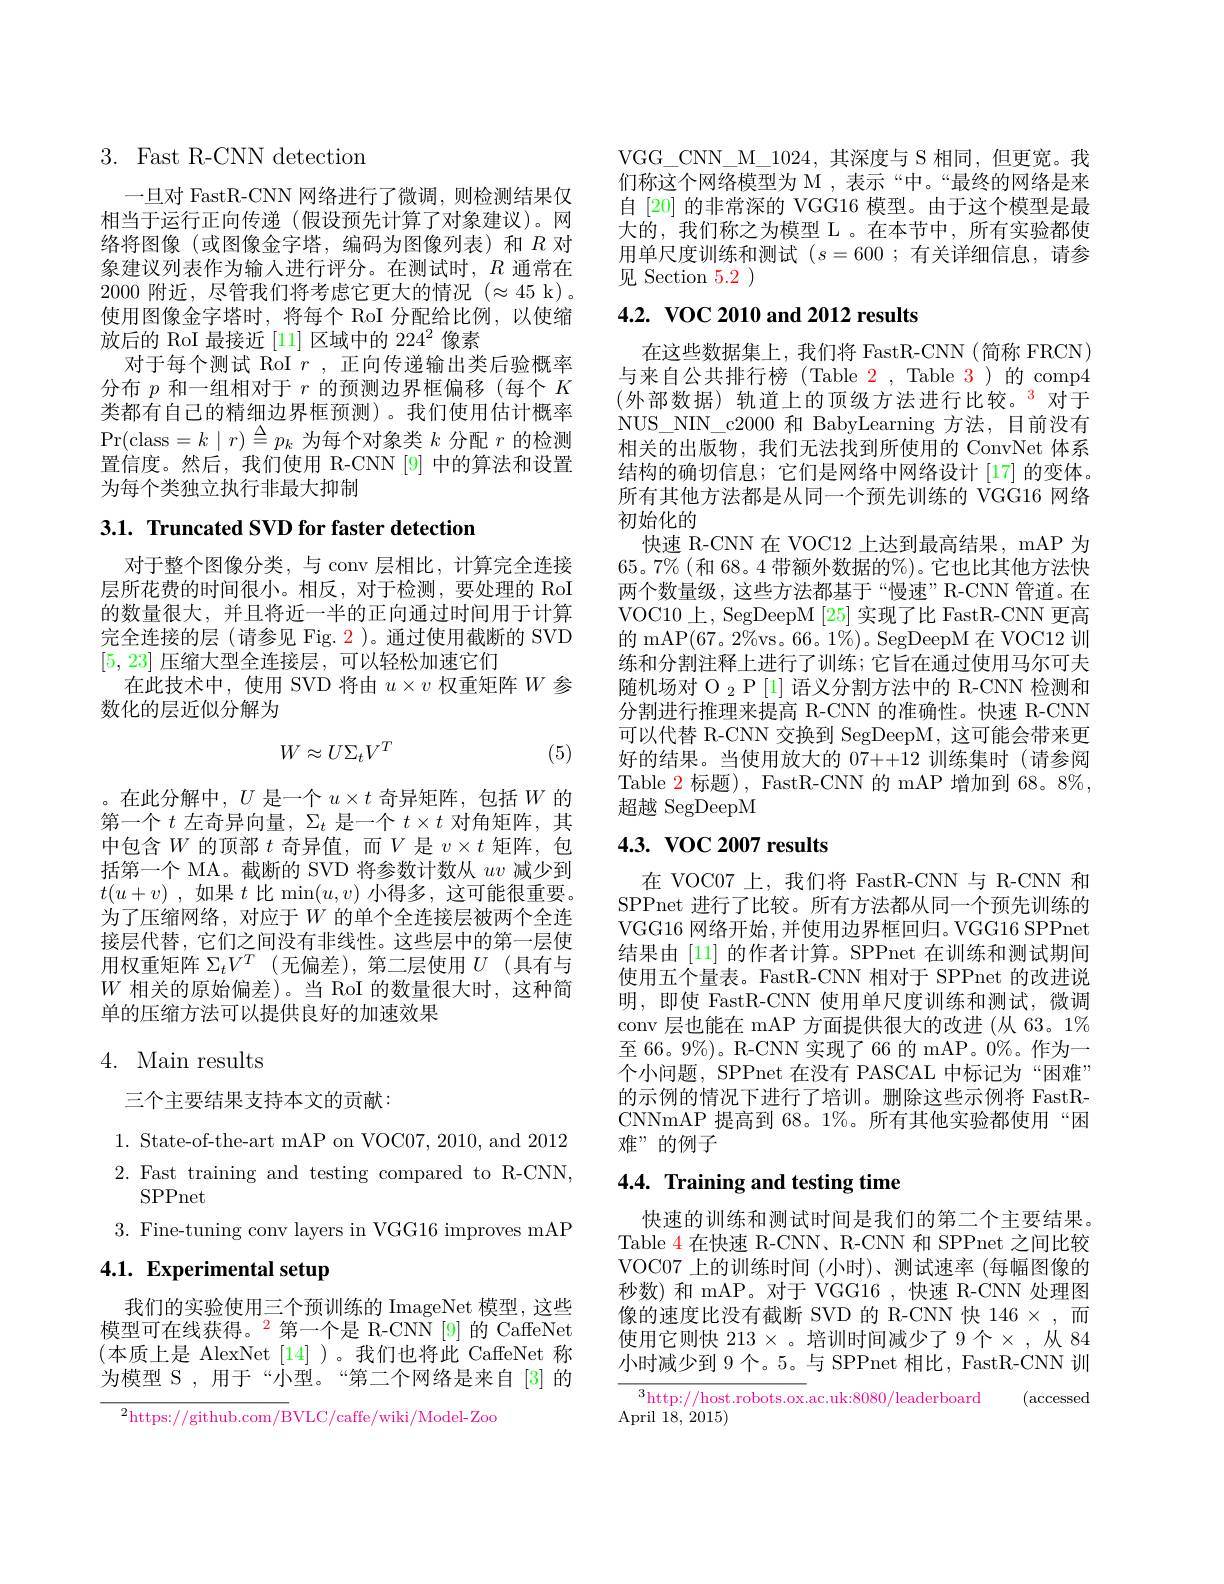
# 3. Fast R-CNN detection

一旦对 FastR-CNN 网络进行了微调，则检测结果仅相当于运行正向传递(假设预先计算了对象建议)。网络将图像(或图像金字塔，编码为图像列表)和$R$ 对象建议列表作为输入进行评分。在测试时，$R$通常在2000附近，尽管我们将考虑它更大的情况$(\approx45$ k)。使用图像金字塔时，将每个 RoI 分配给比例，以使缩放后的 RoI 最接近[11]区域中的 224$^{2}$像素
对于每个测试 RoI $r$ ,正向传递输出类后验概率分布$p$和一组相对于$r$的预测边界框偏移(每个$K$ 类都有自己的精细边界框预测)。我们使用估计概率$\Pr($class$=k\mid r)\stackrel{\Delta}{\equiv}p_k$为每个对象类$k$分配$r$的检测置信度。然后，我们使用 R-CNN [9] 中的算法和设置为每个类独立执行非最大抑制

# 3.1. Truncated SVD for faster detection

对于整个图像分类，与 conv 层相比，计算完全连接层所花费的时间很小。相反，对于检测，要处理的 RoI 的数量很大，并且将近一半的正向通过时间用于计算完全连接的层(请参见 Fig. 2)。通过使用截断的 SVD [5,23]压缩大型全连接层，可以轻松加速它们
在此技术中，使用 SVD 将由$u\times v$权重矩阵$W$参
数化的层近似分解为
$$W\approx U\Sigma_{t}V^{T}$$
(5)

。在此分解中，$U$是一个$u\times t$奇异矩阵，包括$W$的第一个$t$左奇异向量，$\Sigma_t$是一个$t\times t$对角矩阵，其中包含$W$的顶部 $t$ 奇异值，而$V$ 是 $v\times t$ 矩阵，包括第一个 MA。截断的 SVD 将参数计数从$uv$减少到$t( u+ v)$ ,如果$t$比 min$(u,v)$小得多，这可能很重要。为了压缩网络，对应于$W$ 的单个全连接层被两个全连接层代替，它们之间没有非线性。这些层中的第一层使用权重矩阵$\Sigma_tV^T$ (无偏差),第二层使用$U$ (具有与$W$相关的原始偏差)。当 RoI 的数量很大时，这种简单的压缩方法可以提供良好的加速效果

## 4. Main results

三个主要结果支持本文的贡献：

1. State-of-the-art mAP on VOC07, 2010, and 20122. Fast training and testing compared to R-CNN,
SPPnet
3. Fine-tuning conv layers in VGG16 improves mAP

# 4.1. Experimental setup

我们的实验使用三个预训练的 ImageNet 模型，这些模型可在线获得。$^{2}$第一个是 R-CNN [9]的 CaffeNet (本质上是 AlexNet [14])。我们也将此 CaffeNet 称为模型 S , 用于“小型。“第二个网络是来自[3]的

$^2$https://github.com/BVLC/caffe/wiki/Model-Zoo

VGG\_CNN\_M\_1024,其深度与 S 相同，但更宽。我们称这个网络模型为 M , 表示“中。“最终的网络是来自[20] 的非常深的 VGG16 模型。由于这个模型是最大的，我们称之为模型 L 。在本节中，所有实验都使用单尺度训练和测试$(s=600;$有关详细信息，请参见 Section 5.2 )

## $4. 2. \textbf{ VOC 2010 and 2012 results}$

在这些数据集上，我们将 FastR-CNN (简称 FRCN) 与来自公共排行榜(Table 2, Table 3)的 comp4 (外部数据) 轨道上的顶级方法进行比较。$^{\color{red}3}$ 对于NUS\_NIN\_c2000 和 BabyLearning 方法，目前没有相关的出版物，我们无法找到所使用的 ConvNet 体系结构的确切信息；它们是网络中网络设计[17]的变体。所有其他方法都是从同一个预先训练的 VGG16 网络初始化的
快速 R-CNN 在 VOC12 上达到最高结果，mAP 为$65。7\%($和 68。4 带额外数据的%)。它也比其他方法快两个数量级，这些方法都基于“慢速”R-CNN 管道。在VOC10上，SegDeepM [25]实现了比 FastR-CNN 更高的 mAP(67。2%vs。66。1%)。SegDeepM 在 VOC12 训练和分割注释上进行了训练；它旨在通过使用马尔可夫随机场对$\mathcal{O}_2$ P[1]语义分割方法中的 R-CNN 检测和分割进行推理来提高 R-CNN 的准确性。快速 R-CNN 可以代替 R-CNN 交换到 SegDeepM, 这可能会带来更好的结果。当使用放大的 07++12 训练集时(请参阅Table 2 标题), FastR-CNN 的 mAP 增加到 68。8%, 超越 SegDeepM

## $4. 3. \textbf{ VOC 2007 results}$

在 VOC07 上，我们将 FastR-CNN 与 R-CNN 和SPPnet 进行了比较。所有方法都从同一个预先训练的VGG16 网络开始，并使用边界框回归。VGG16 SPPnet 结果由[11] 的作者计算。SPPnet 在训练和测试期间使用五个量表。FastR-CNN 相对于 SPPnet 的改进说明，即使 FastR-CNN 使用单尺度训练和测试，微调conv 层也能在 mAP 方面提供很大的改进 (从 63。1% 至 66。9%)。R-CNN 实现了 66 的 mAP。0%。作为一个小问题，SPPnet 在没有 PASCAL 中标记为“困难” 的示例的情况下进行了培训。删除这些示例将 FastRCNNmAP 提高到 68。1%。所有其他实验都使用“困难”的例子

# 4.4. Training and testing time

快速的训练和测试时间是我们的第二个主要结果。Table 4 在快速 R-CNN、R-CNN 和 SPPnet 之间比较VOC07 上的训练时间 (小时)、测试速率 (每幅图像的秒数)和 mAP。对于 VGG16,快速 R-CNN 处理图像的速度比没有截断 SVD 的 R-CNN 快 146 × ,而使用它则快 213 × 。培训时间减少了 9 个 × , 从 84小时减少到9个。5。与 SPPnet 相比，FastR-CNN 训

$\overline{^3\text{http://host.robots.ox}}$ac.uk:8080/leaderboard
(accessed
April 18,  2015)